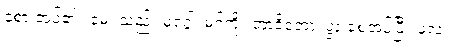
ခံစားအပ်၏။ မေ၊ သည်။ မဂ္ဂေါ၊ မဂ်ကို။ ဘာဝိတော၊ ပွားစေအပ်ပြီ။ ဖလံ၊